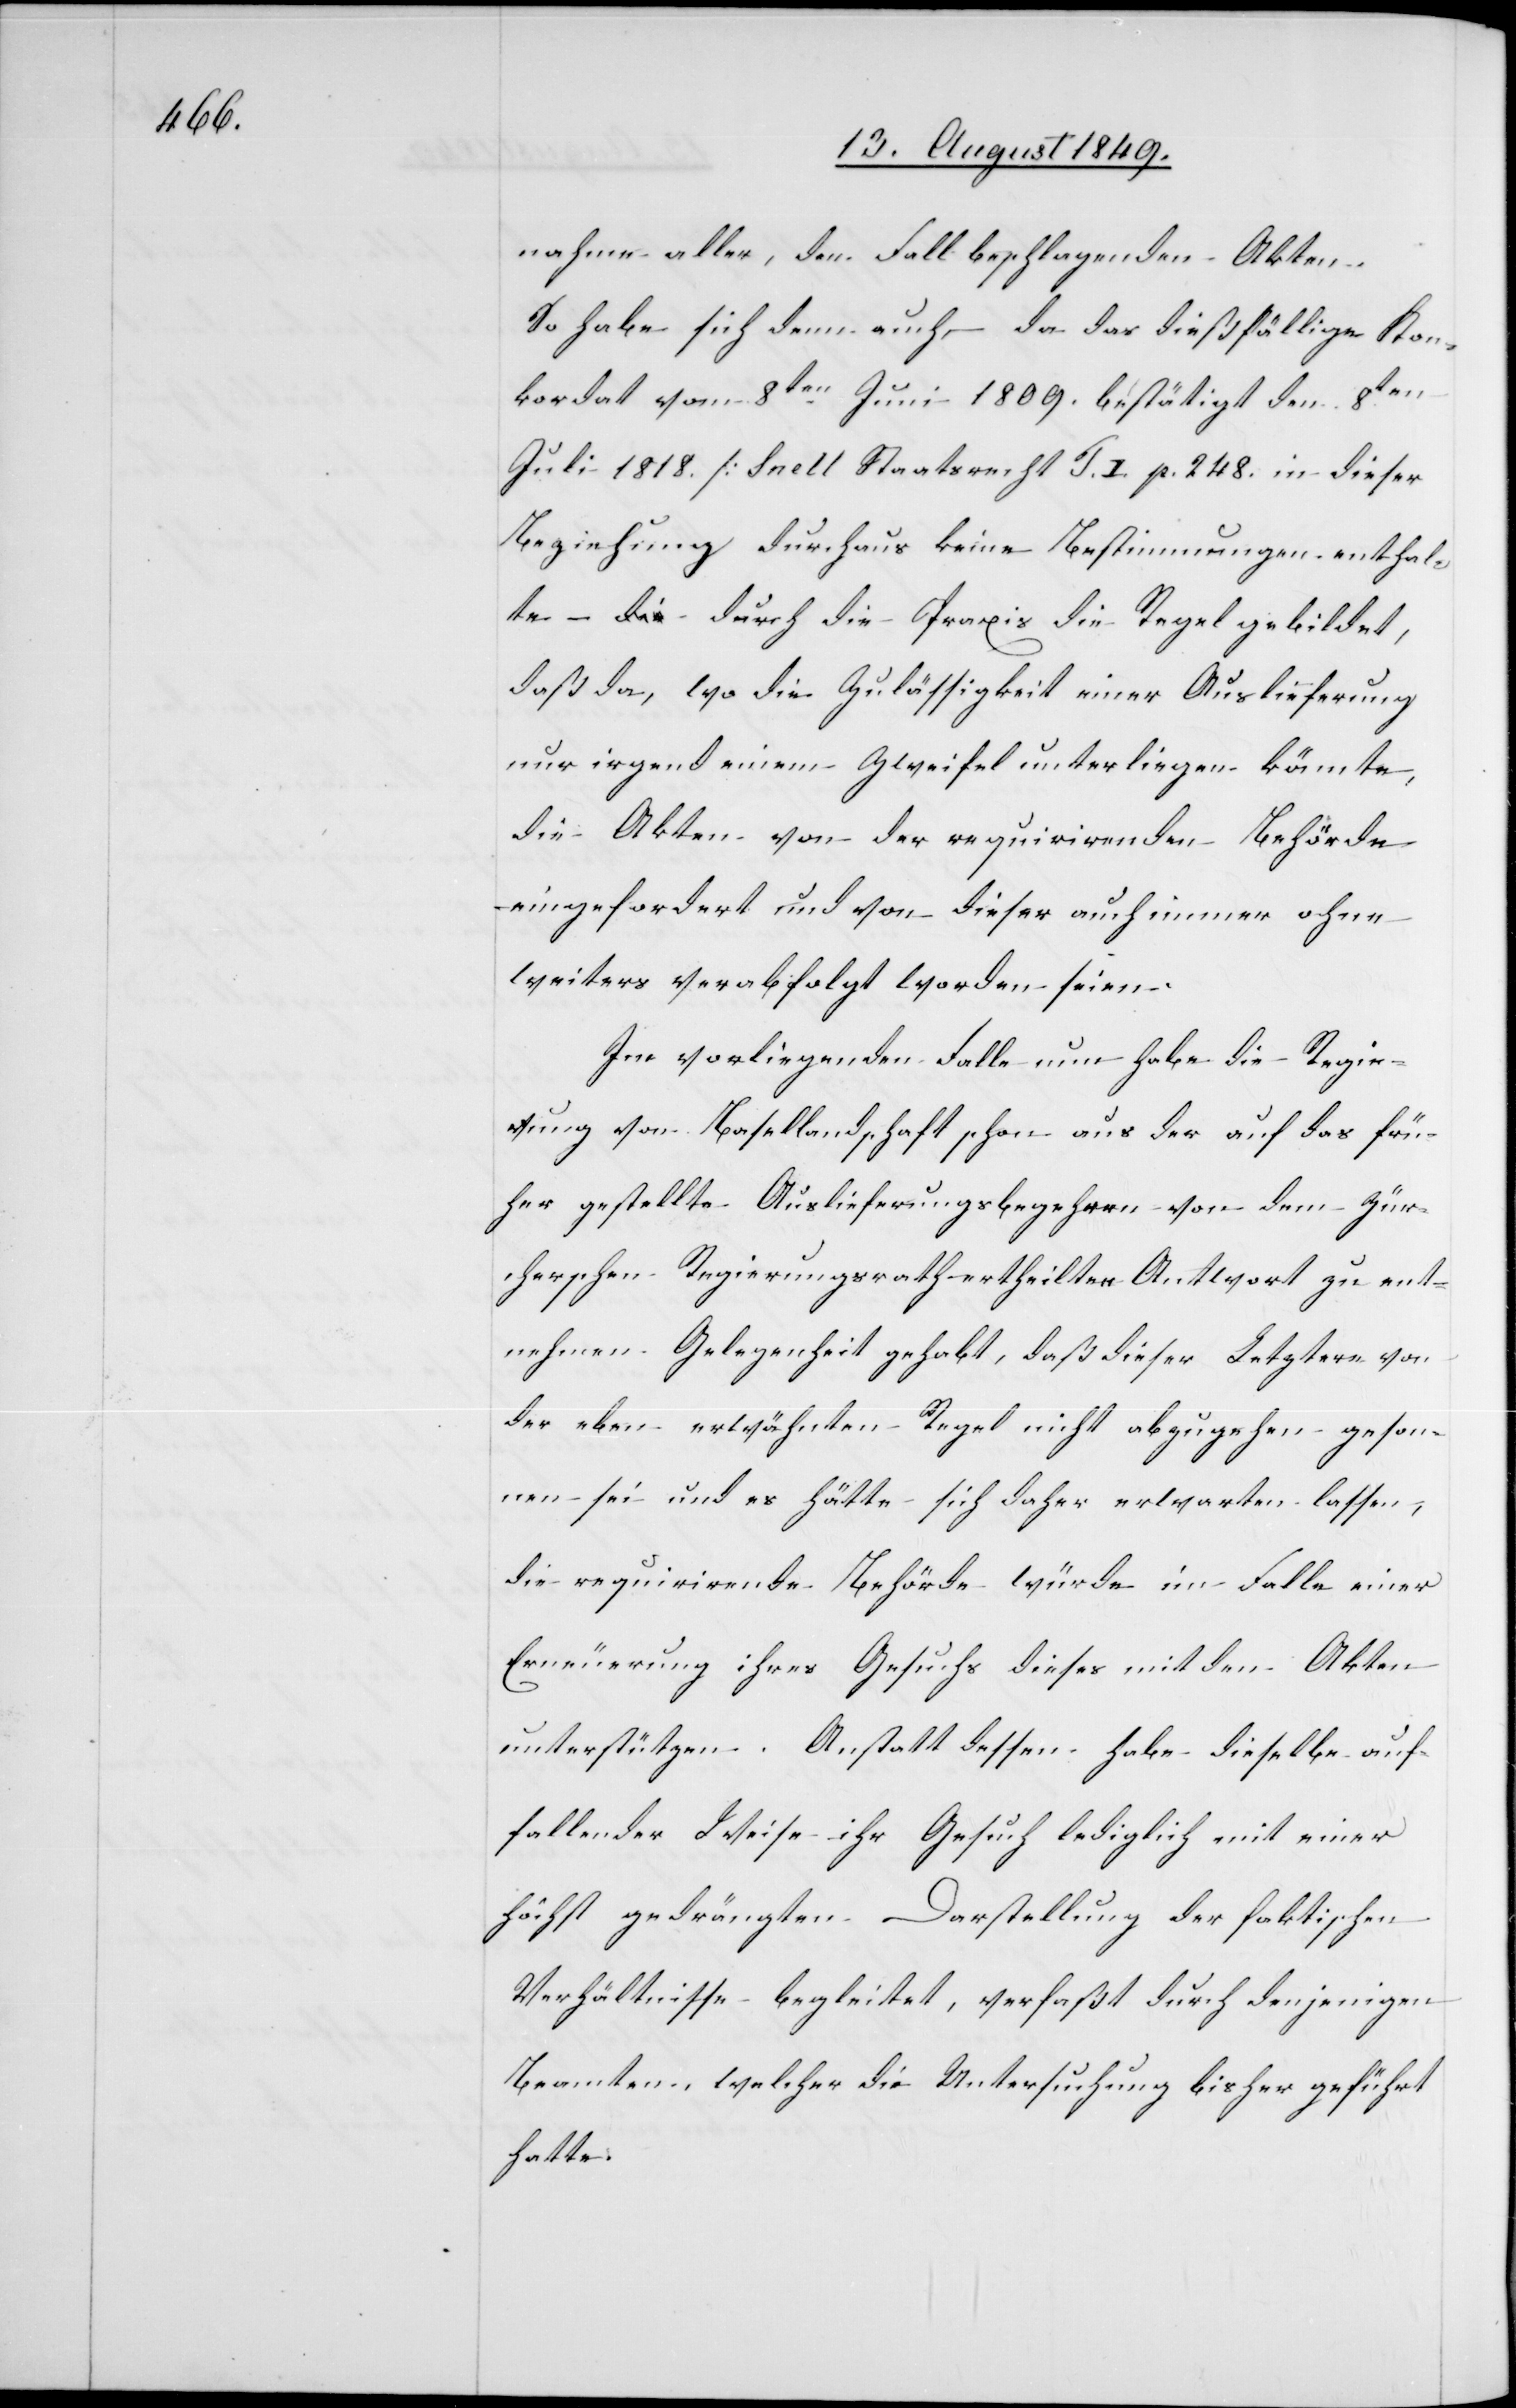
nahme aller, den Fall beschlagenden Akten.
So habe sich denn auch – da das dießfällige Kon¬
kordat vom 8ten Juni 1809. bestätigt den 8ten
Juli 1818. [Snell Staatsrecht T. I. p. 248.[]] in dieser
Beziehung durchaus keine Bestimmungen enthal¬
te – durch die Praxis die Regel gebildet,
daß da, wo die Zulässigkeit einer Auslieferung
nur irgend einem Zweifel unterliegen könnte,
die Akten von der requirirenden Behörde
eingefordert und von dieser auch immer ohne
weiteres verabfolgt worden seien.
Im vorliegenden Falle nun habe die Regie¬
rung von Basellandschaft schon aus der auf das frü¬
her gestellte Auslieferungsbegehren von dem Zür¬
cherschen Regierungsrath ertheilten Antwort zu ent¬
nehmen Gelegenheit gehabt, daß dieser Letztere von
der eben erwähnten Regel nicht abzugehen geson¬
nen sei und es hätte sich daher erwarten lassen,
die requirirende Behörde würde im Falle einer
Erneuerung ihres Gesuchs dieses mit den Akten
unterstützen. Anstatt dessen habe dieselbe auf¬
fallender Weise ihr Gesuch lediglich mit einer
höchst gedrängten Darstellung der faktischen
Verhältnisse begleitet, verfaßt durch denjenigen
Beamten, welcher die Untersuchung bisher geführt
hatte.